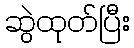
ဆွဲထုတ်ပြီး